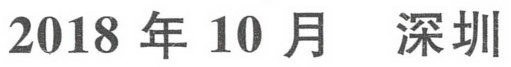
2018 年 10 月  深圳